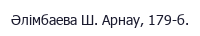
Әлімбаева Ш. Арнау, 179-б.